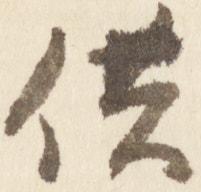
供